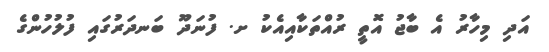
އަދި މިހާރު އެ ބާޖު އޮތީ ރުއްތަކާއިއެކު ށ. ފުނަދޫ ބަނދަރުގައި ފުލުހުންގެ